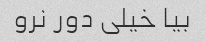
بیا خیلی دور نرو